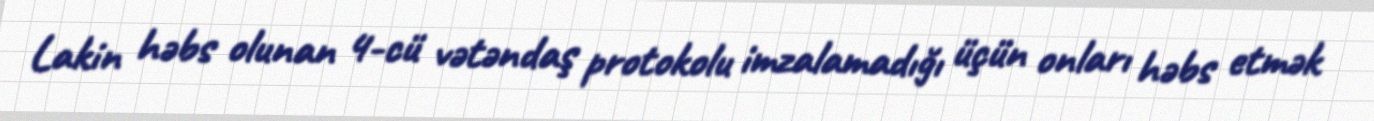
Lakin həbs olunan 4-cü vətəndaş protokolu imzalamadığı üçün onları həbs etmək